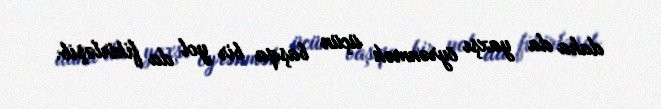
daha da yaxşı öyrənmək üçün başqa bir yol da fikirləşib.